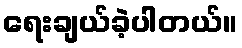
ရေးချယ်ခဲ့ပါတယ်။